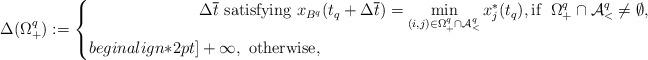
LaTeX: \begin{align*}\Delta(\Omega^q_+) := \left\{\begin{aligned}& \Delta \overline{t} \mbox{ satisfying } x_{B^q}(t_q + \Delta \overline{t}) = \min_{(i,j)\in \Omega^q_+ \cap {\cal A}^q_<} x^*_j(t_q), \mbox{if } \; \Omega^q_+ \cap {\cal A}^q_< \neq \emptyset, \\begin{align*}2pt]& +\infty, \mbox{ otherwise,}\end{aligned}\right.\end{align*}